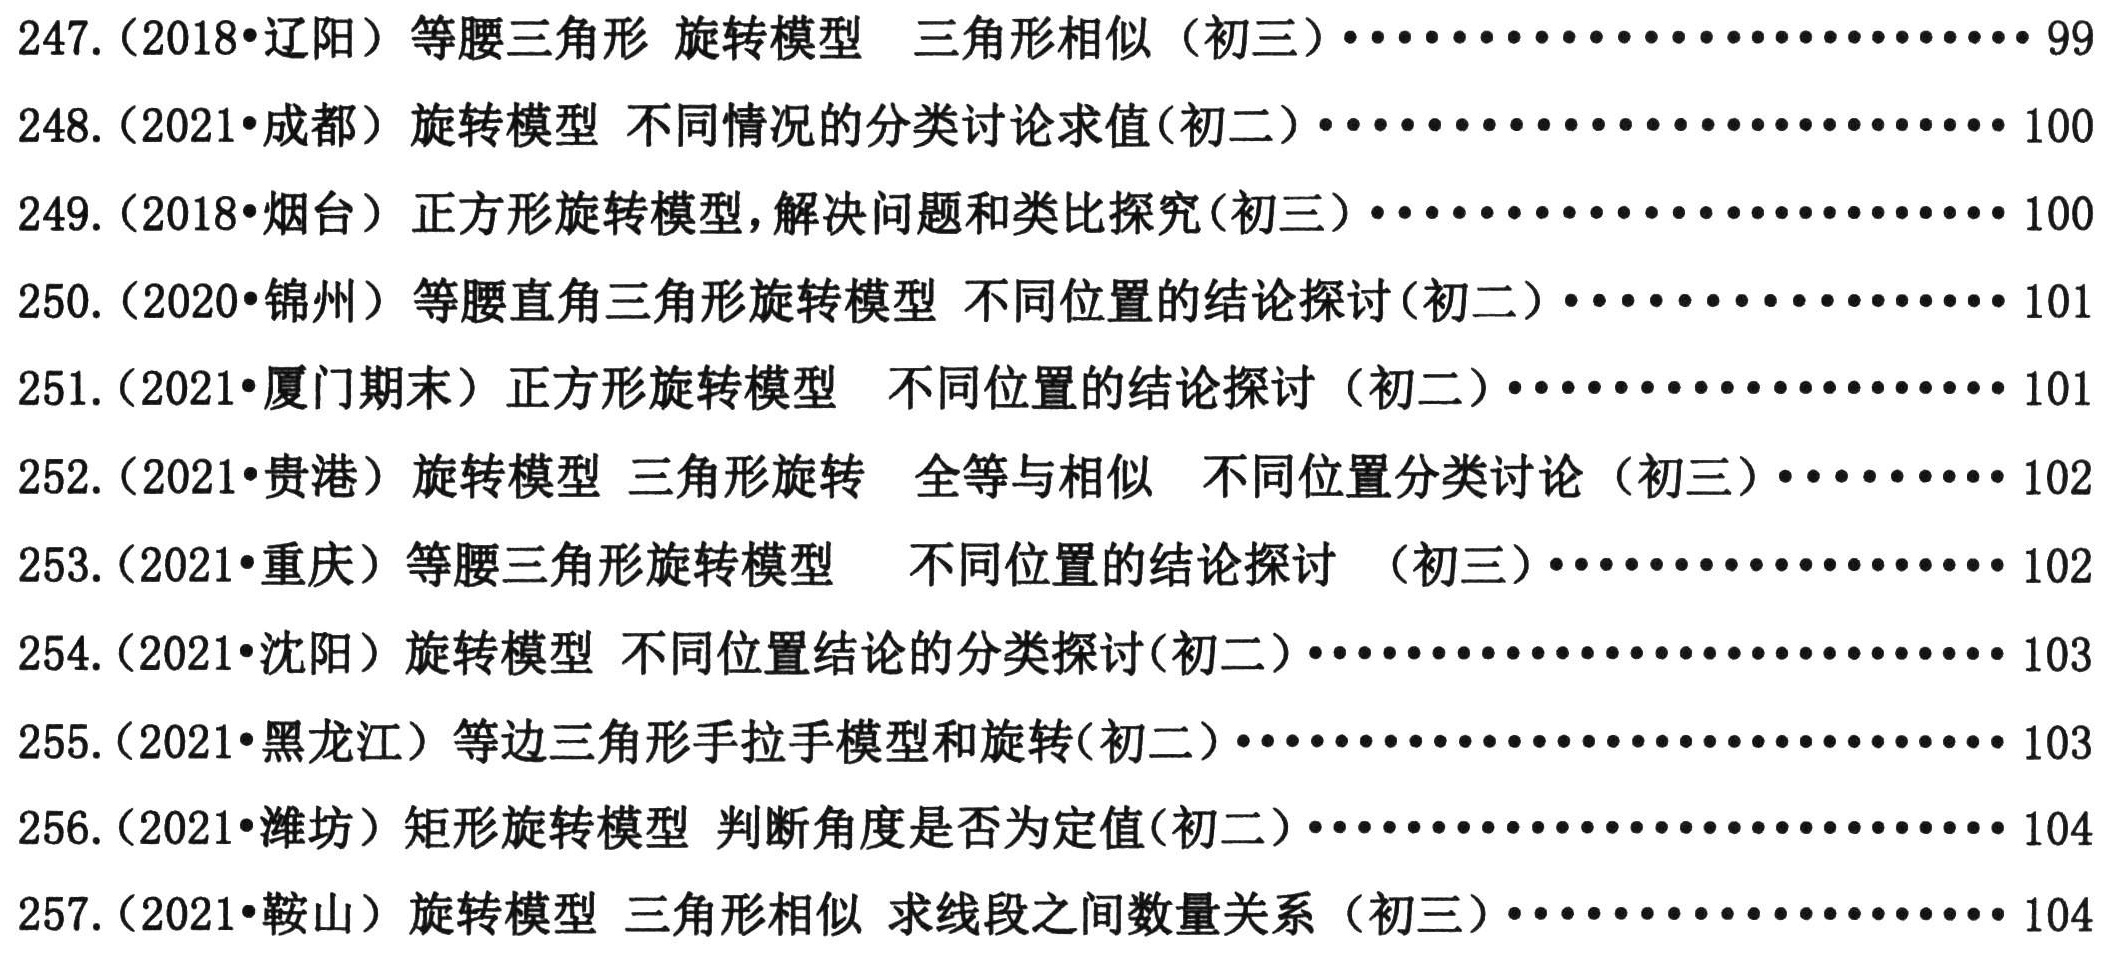
247. (2018•辽阳) 等腰三角形 旋转模型 三角形相似 (初三) ••••••••••••••••••••• 99
248. (2021•成都) 旋转模型 不同情况的分类讨论求值(初二) ••••••••••••••••••••• 100
249. (2018•烟台) 正方形旋转模型, 解决问题和类比探究(初三) ••••••••••••••••••••• 100
250. (2020•锦州) 等腰直角三角形旋转模型 不同位置的结论探讨(初二) ••••••••••••••••• 101
251. (2021•厦门期末) 正方形旋转模型 不同位置的结论探讨 (初二) ••••••••••••••••• 101
252. (2021•贵港) 旋转模型 三角形旋转 全等与相似 不同位置分类讨论 (初三) •••••• 102
253. (2021•重庆) 等腰三角形旋转模型 不同位置的结论探讨 (初三) ••••••••••••••••• 102
254. (2021•沈阳) 旋转模型 不同位置结论的分类探讨(初二) ••••••••••••••••••••• 103
255. (2021•黑龙江) 等边三角形手拉手模型和旋转(初二) ••••••••••••••••••••• 103
256. (2021•潍坊) 矩形旋转模型 判断角度是否为定值(初二) ••••••••••••••••••••• 104
257. (2021•鞍山) 旋转模型 三角形相似 求线段之间数量关系 (初三) ••••••••••••••••• 104